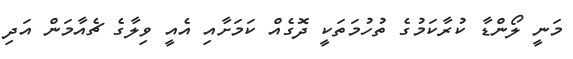
މަނީ ލޯންޑާ ކުރާކަމުގެ ތުހުމަތަކީ ދޮގެއް ކަމަށާއި އެއީ ވިލާގެ ޗެއާމަން އަދި